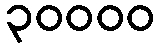
၃၀၀၀၀